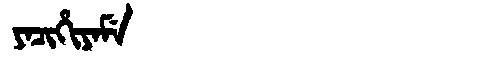
Manchu: ᠶᠠᠴᡳᡥᡳᠶᠠᠮᡝ
Romanization: YACIHIYAME